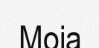
Moia